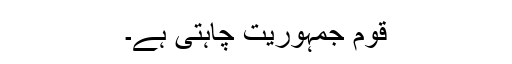
قوم جمہوریت چاہتی ہے۔